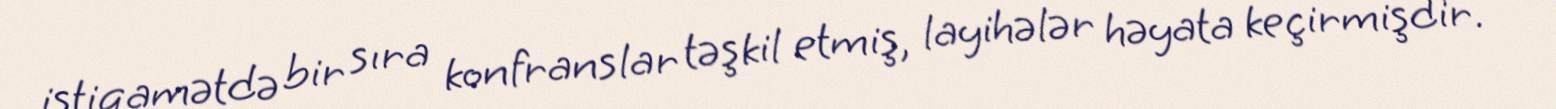
istiqamətdə bir sıra konfranslar təşkil etmiş, layihələr həyata keçirmişdir.